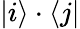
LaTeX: |i\rangle\cdot\langle j|